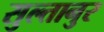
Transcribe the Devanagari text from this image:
सुल्तानुर